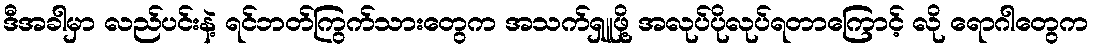
ဒီအခါမှာ လည်ပင်းနဲ့ ရင်ဘတ်ကြွက်သားတွေက အသက်ရှူဖို့ အလုပ်ပိုလုပ်ရတာကြောင့် လို ရောဂါတွေက